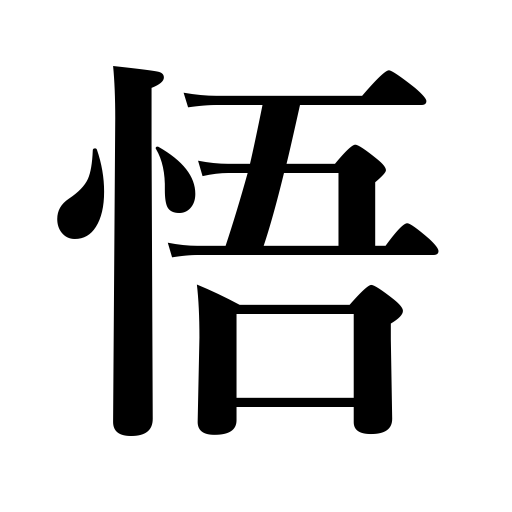
Meanings: find one's philosophy,understand,comprehend,discern,attain enlightenment,perceive,realize